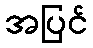
အပြင်